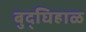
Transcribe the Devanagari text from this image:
बुद्घिहाळ